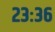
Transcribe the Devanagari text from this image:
२३ः३६